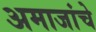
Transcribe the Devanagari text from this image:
अमाजांचे